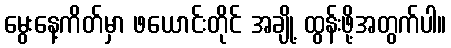
မွေးနေ့ကိတ်မှာ ဖယောင်းတိုင် အချို့ ထွန်းဖို့အတွက်ပါ။